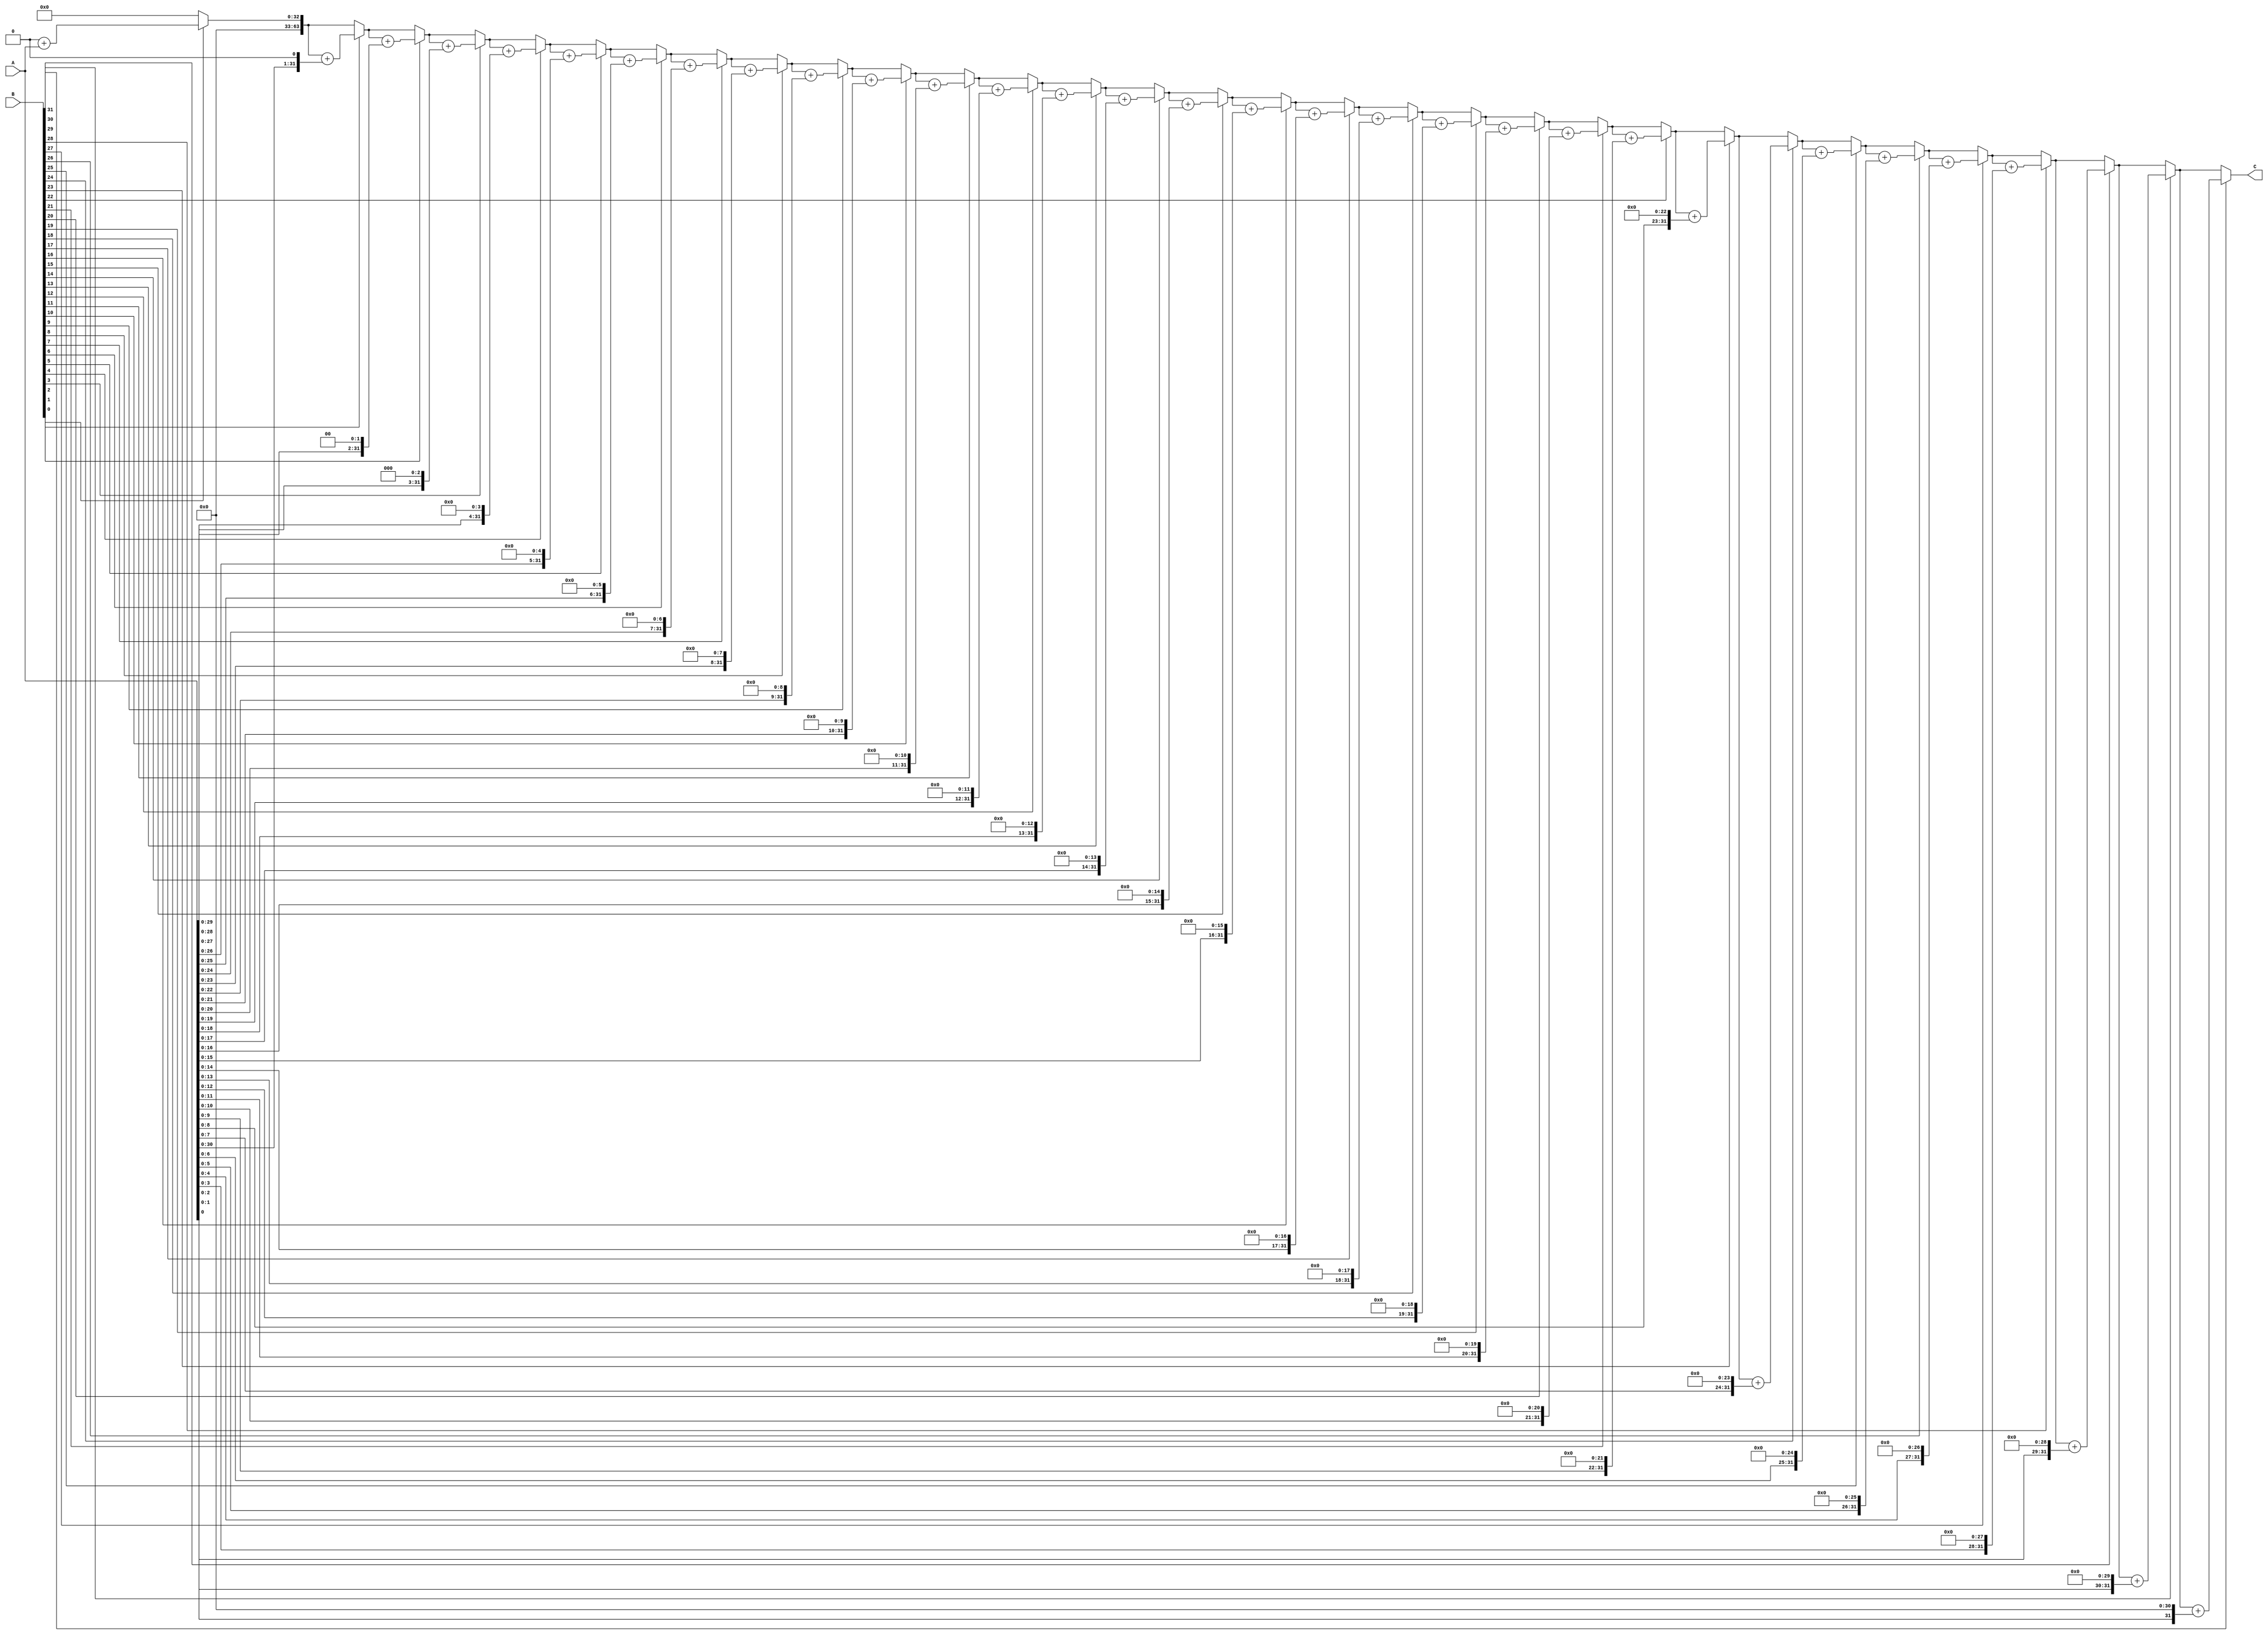
module unsigned_multiplier(
    input [31:0] A,
    input [31:0] B,
    output reg [63:0] C
);

reg [31:0] temp;
reg [63:0] result;
integer i;

always @(*)
begin
    result = 64'b0;
    for (i = 0; i < 32; i = i + 1) begin
        if (B[i] == 1) begin
            temp = A << i;
            result = result + temp;
        end
    end
    C = result;
end

endmodule